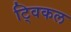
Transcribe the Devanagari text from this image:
ट्विकल